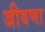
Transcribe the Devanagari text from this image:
जीवणा